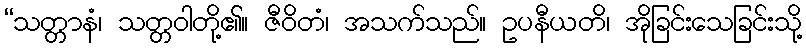
“သတ္တာနံ၊ သတ္တဝါတို့၏။ ဇီဝိတံ၊ အသက်သည်။ ဥပနီယတိ၊ အိုခြင်းသေခြင်းသို့